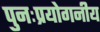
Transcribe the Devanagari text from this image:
पुनःप्रयोगनीय